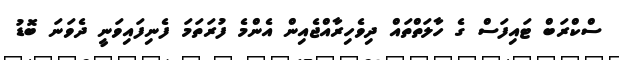
ސްކްރަބް ޓައިފަސް ގެ ހާލަތްތައް ދިވެހިރާއްޖެއިން އެންމެ ފުރަތަމަ ފެނިފައިވަނީ ދެވަނަ ބޮޑު